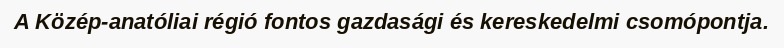
A Közép-anatóliai régió fontos gazdasági és kereskedelmi csomópontja.